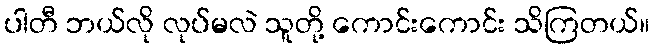
ပါတီ ဘယ်လို လုပ်မလဲ သူတို့ ကောင်းကောင်း သိကြတယ်။